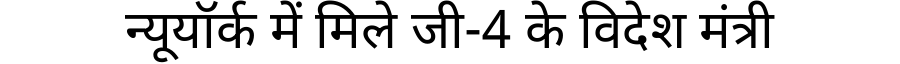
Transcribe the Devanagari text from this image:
न्यूयॉर्क में मिले जी-4 के विदेश मंत्री